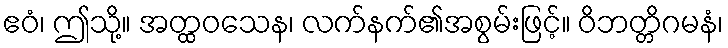
ဧဝံ၊ ဤသို့။ အတ္ထဝသေန၊ လက်နက်၏အစွမ်းဖြင့်။ ဝိဘတ္တိဂမနံ၊